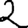
Digit: 2